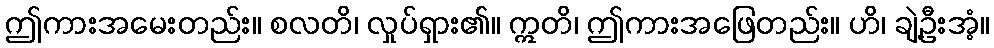
ဤကားအမေးတည်း။ စလတိ၊ လှုပ်ရှား၏။ ဣတိ၊ ဤကားအဖြေတည်း။ ဟိ၊ ချဲ့ဦးအံ့။